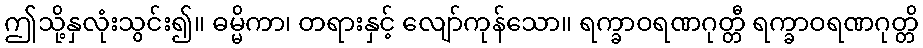
ဤသို့နှလုံးသွင်း၍။ ဓမ္မိကာ၊ တရားနှင့် လျော်ကုန်သော။ ရက္ခာဝရဏဂုတ္တီ ရက္ခာဝရဏဂုတ္တိ